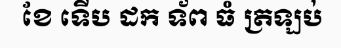
ខែ ទើប ដក ទ័ព ធំ ត្រឡប់